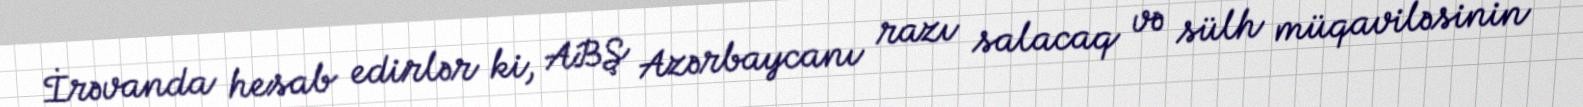
İrəvanda hesab edirlər ki, ABŞ Azərbaycanı razı salacaq və sülh müqaviləsinin